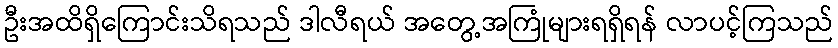
ဦးအထိရှိကြောင်းသိရသည် ဒါလီရယ် အတွေ့အကြုံများရရှိရန် လာပင့်ကြသည်